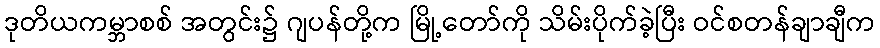
ဒုတိယကမ္ဘာစစ် အတွင်း၌ ဂျပန်တို့က မြို့တော်ကို သိမ်းပိုက်ခဲ့ပြီး ဝင်စတန်ချာချီက